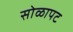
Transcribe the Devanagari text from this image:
सोळापट